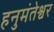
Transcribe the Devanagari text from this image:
हनुमंतेश्वर